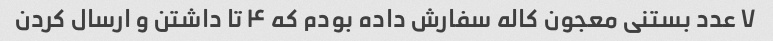
۷ عدد بستنی معجون کاله سفارش داده بودم که ۴ تا داشتن و ارسال کردن